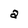
Character: a